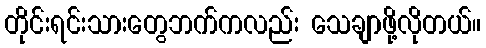
တိုင်းရင်းသားတွေဘက်ကလည်း သေချာဖို့လိုတယ်။